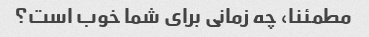
مطمئنا، چه زمانی برای شما خوب است؟